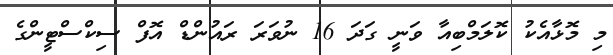
މި މޮޅާއެކު ކޮލަމްބިއާ ވަނީ ގަދަ 16 ނުވަރަ ރައުންޑް އޮފް ސިކްސްޓީންގެ